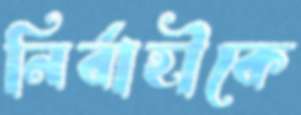
নির্বাহীকে